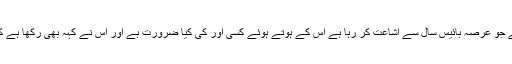
ایک ہی ہمارا وکیل ہے جو عرصہ بائیس سال سے اشاعت کر رہا ہے اس کے ہوتے ہوئے کسی اور کی کیا ضرورت ہے اور اس نے کہہ بھی رکھا ہے کہ اَلَیْسَ اللّٰہُ بِکَافٍ عَبْدَہٗ۔